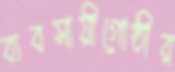
ব্যবসায়ীগোষ্ঠীর